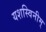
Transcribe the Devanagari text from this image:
यशस्विनीम्‌